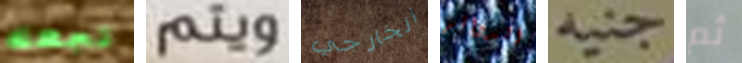
تجعله ويتم الخارجي الدوائر جنيه ثم